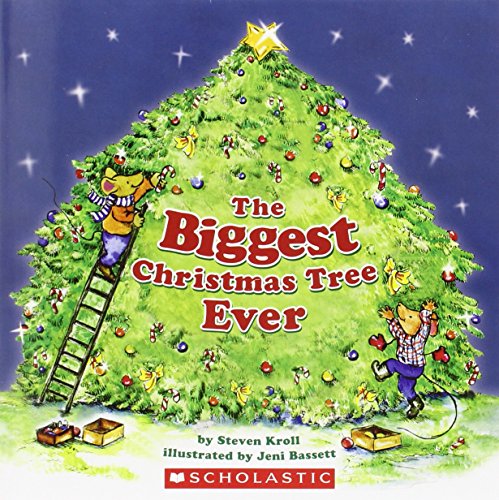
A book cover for The Biggest Christmas Tree Ever; Steven Kroll; Children's Books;